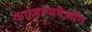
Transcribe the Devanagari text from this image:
दाएजांग्गयेओंग